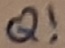
Text: Q!